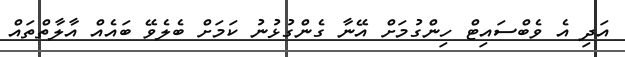
އަދި އެ ވެބްސައިޓް ހިންގުމަށް އޭނާ ގެންގުޅުނު ކަމަށް ބެލެވޭ ބައެއް އާލާތްތައް